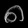
Digit: ၈